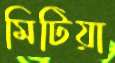
মিটিয়া